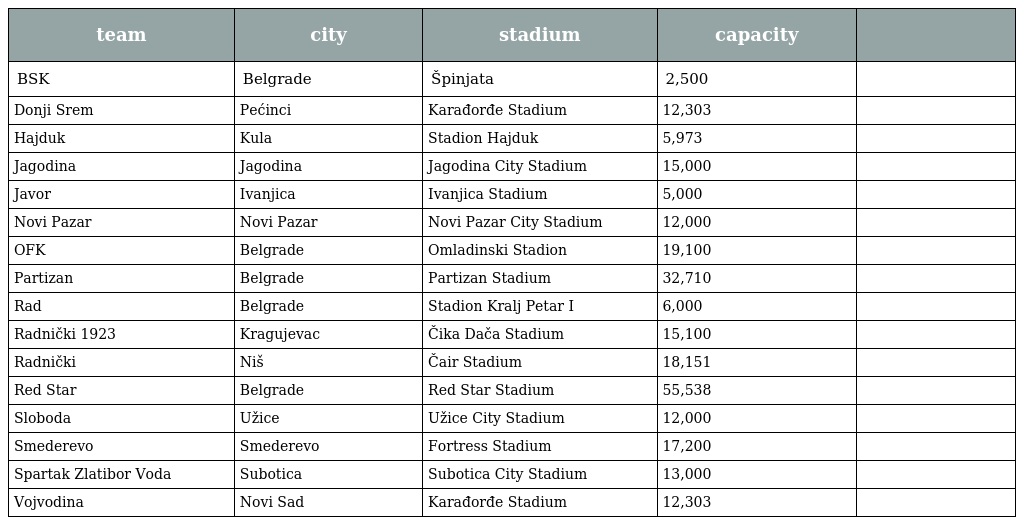
| team | city | stadium | capacity |  |
 | --- | --- | --- | --- | --- |
 | BSK | Belgrade | Špinjata | 2,500 |  |
 | Donji Srem | Pećinci | Karađorđe Stadium | 12,303 |  |
 | Hajduk | Kula | Stadion Hajduk | 5,973 |  |
 | Jagodina | Jagodina | Jagodina City Stadium | 15,000 |  |
 | Javor | Ivanjica | Ivanjica Stadium | 5,000 |  |
 | Novi Pazar | Novi Pazar | Novi Pazar City Stadium | 12,000 |  |
 | OFK | Belgrade | Omladinski Stadion | 19,100 |  |
 | Partizan | Belgrade | Partizan Stadium | 32,710 |  |
 | Rad | Belgrade | Stadion Kralj Petar I | 6,000 |  |
 | Radnički 1923 | Kragujevac | Čika Dača Stadium | 15,100 |  |
 | Radnički | Niš | Čair Stadium | 18,151 |  |
 | Red Star | Belgrade | Red Star Stadium | 55,538 |  |
 | Sloboda | Užice | Užice City Stadium | 12,000 |  |
 | Smederevo | Smederevo | Fortress Stadium | 17,200 |  |
 | Spartak Zlatibor Voda | Subotica | Subotica City Stadium | 13,000 |  |
 | Vojvodina | Novi Sad | Karađorđe Stadium | 12,303 |  |